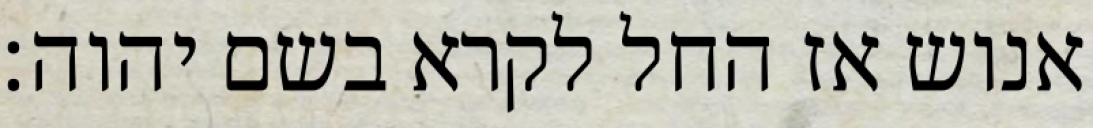
אנוש אז החל לקרא בשם יהוה׃